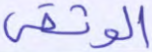
الوثقى